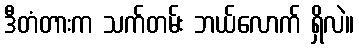
ဒီတံတားက သက်တမ်း ဘယ်လောက် ရှိလဲ။